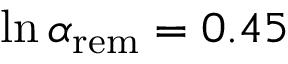
\ln { \alpha _ { \mathrm { r e m } } } = 0 . 4 5